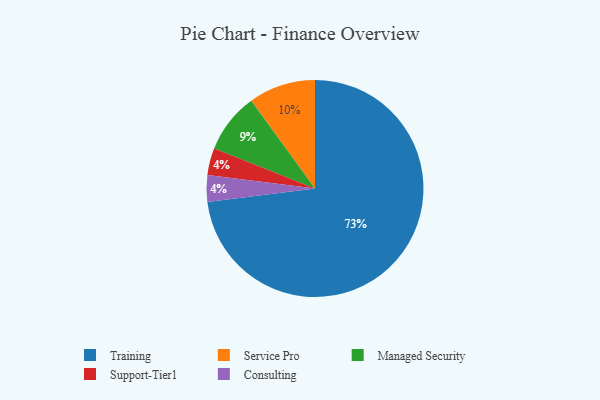
{"axis": {"x": "Category", "y": "Percentage"}, "legend": ["Consulting", "Managed Security", "Service Pro", "Support-Tier1", "Training"], "data": [{"x": "Managed Security", "y": 9, "type": "Managed Security"}, {"x": "Training", "y": 73, "type": "Training"}, {"x": "Support-Tier1", "y": 4, "type": "Support-Tier1"}, {"x": "Service Pro", "y": 10, "type": "Service Pro"}, {"x": "Consulting", "y": 4, "type": "Consulting"}]}